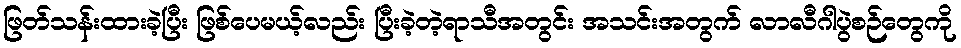
ဖြတ်သန်းထားခဲ့ပြီး ဖြစ်ပေမယ့်လည်း ပြီးခဲ့တဲ့ရာသီအတွင်း အသင်းအတွက် လာလီဂါပွဲစဉ်တွေကို